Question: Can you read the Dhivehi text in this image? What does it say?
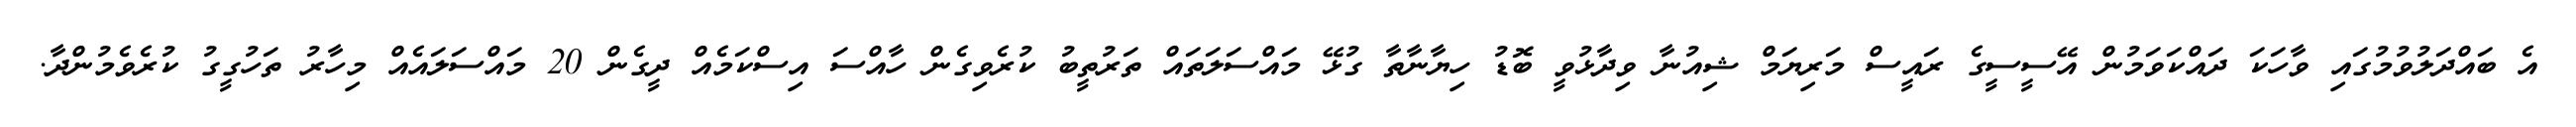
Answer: އެ ބައްދަލުވުމުގައި ވާހަކަ ދައްކަވަމުން އޭސީސީގެ ރައީސް މަރިޔަމް ޝިއުނާ ވިދާޅުވީ ބޮޑު ހިޔާނާތާ ގުޅޭ މައްސަލަތައް ތަރުތީބު ކުރެވިގެން ހާއްސަ އިސްކަމެއް ދީގެން 20 މައްސަލައެއް މިހާރު ތަހުގީގު ކުރެވެމުންދާ.